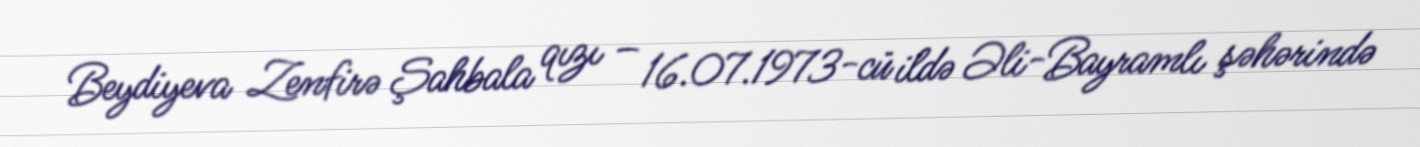
Beydiyeva Zenfirə Şahbala qızı – 16.07.1973-cü ildə Əli-Bayramlı şəhərində